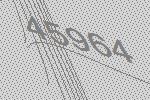
45964